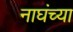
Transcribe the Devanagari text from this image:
नाघंच्या